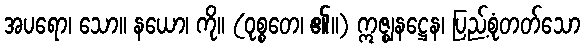
အပရော၊ သော။ နယော၊ ကို။ (ဝုစ္စတေ၊ ၏။) ဣဇ္ဈနဋ္ဌေန၊ ပြည့်စုံတတ်သော